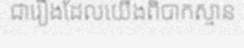
ជារឿងដែលយើងពិបាកស្មាន